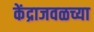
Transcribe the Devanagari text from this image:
केंद्राजवळच्या